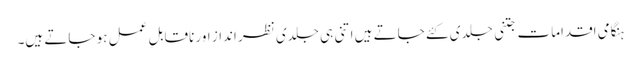
ہنگامی اقدامات جتنی جلدی کئے جاتے ہیں اتنی ہی جلدی نظر انداز اور ناقابلِ عمل ہو جاتے ہیں۔